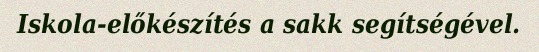
Iskola-előkészítés a sakk segítségével.